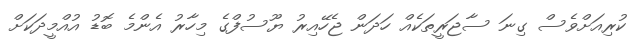
ކުރިއަށްވެސް ގިނަ ސާޖަރީތަކެއް ހަދަން ޖެހޭއިރު ޔޫސުފްގެ މިހާރު އެންމެ ބޮޑު އުއްމީދަކަށް